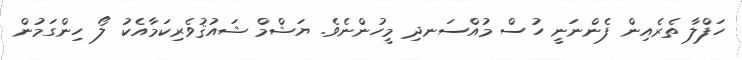
ހަފްލާ ތެރެއިން ފެންނަނީ ހުސް މުއްސަނދި މީހުންނެވެ. ޔަޝްމް ޝައުޤުވެރިކަމާއެކު ލޯ ހިންގަމުން